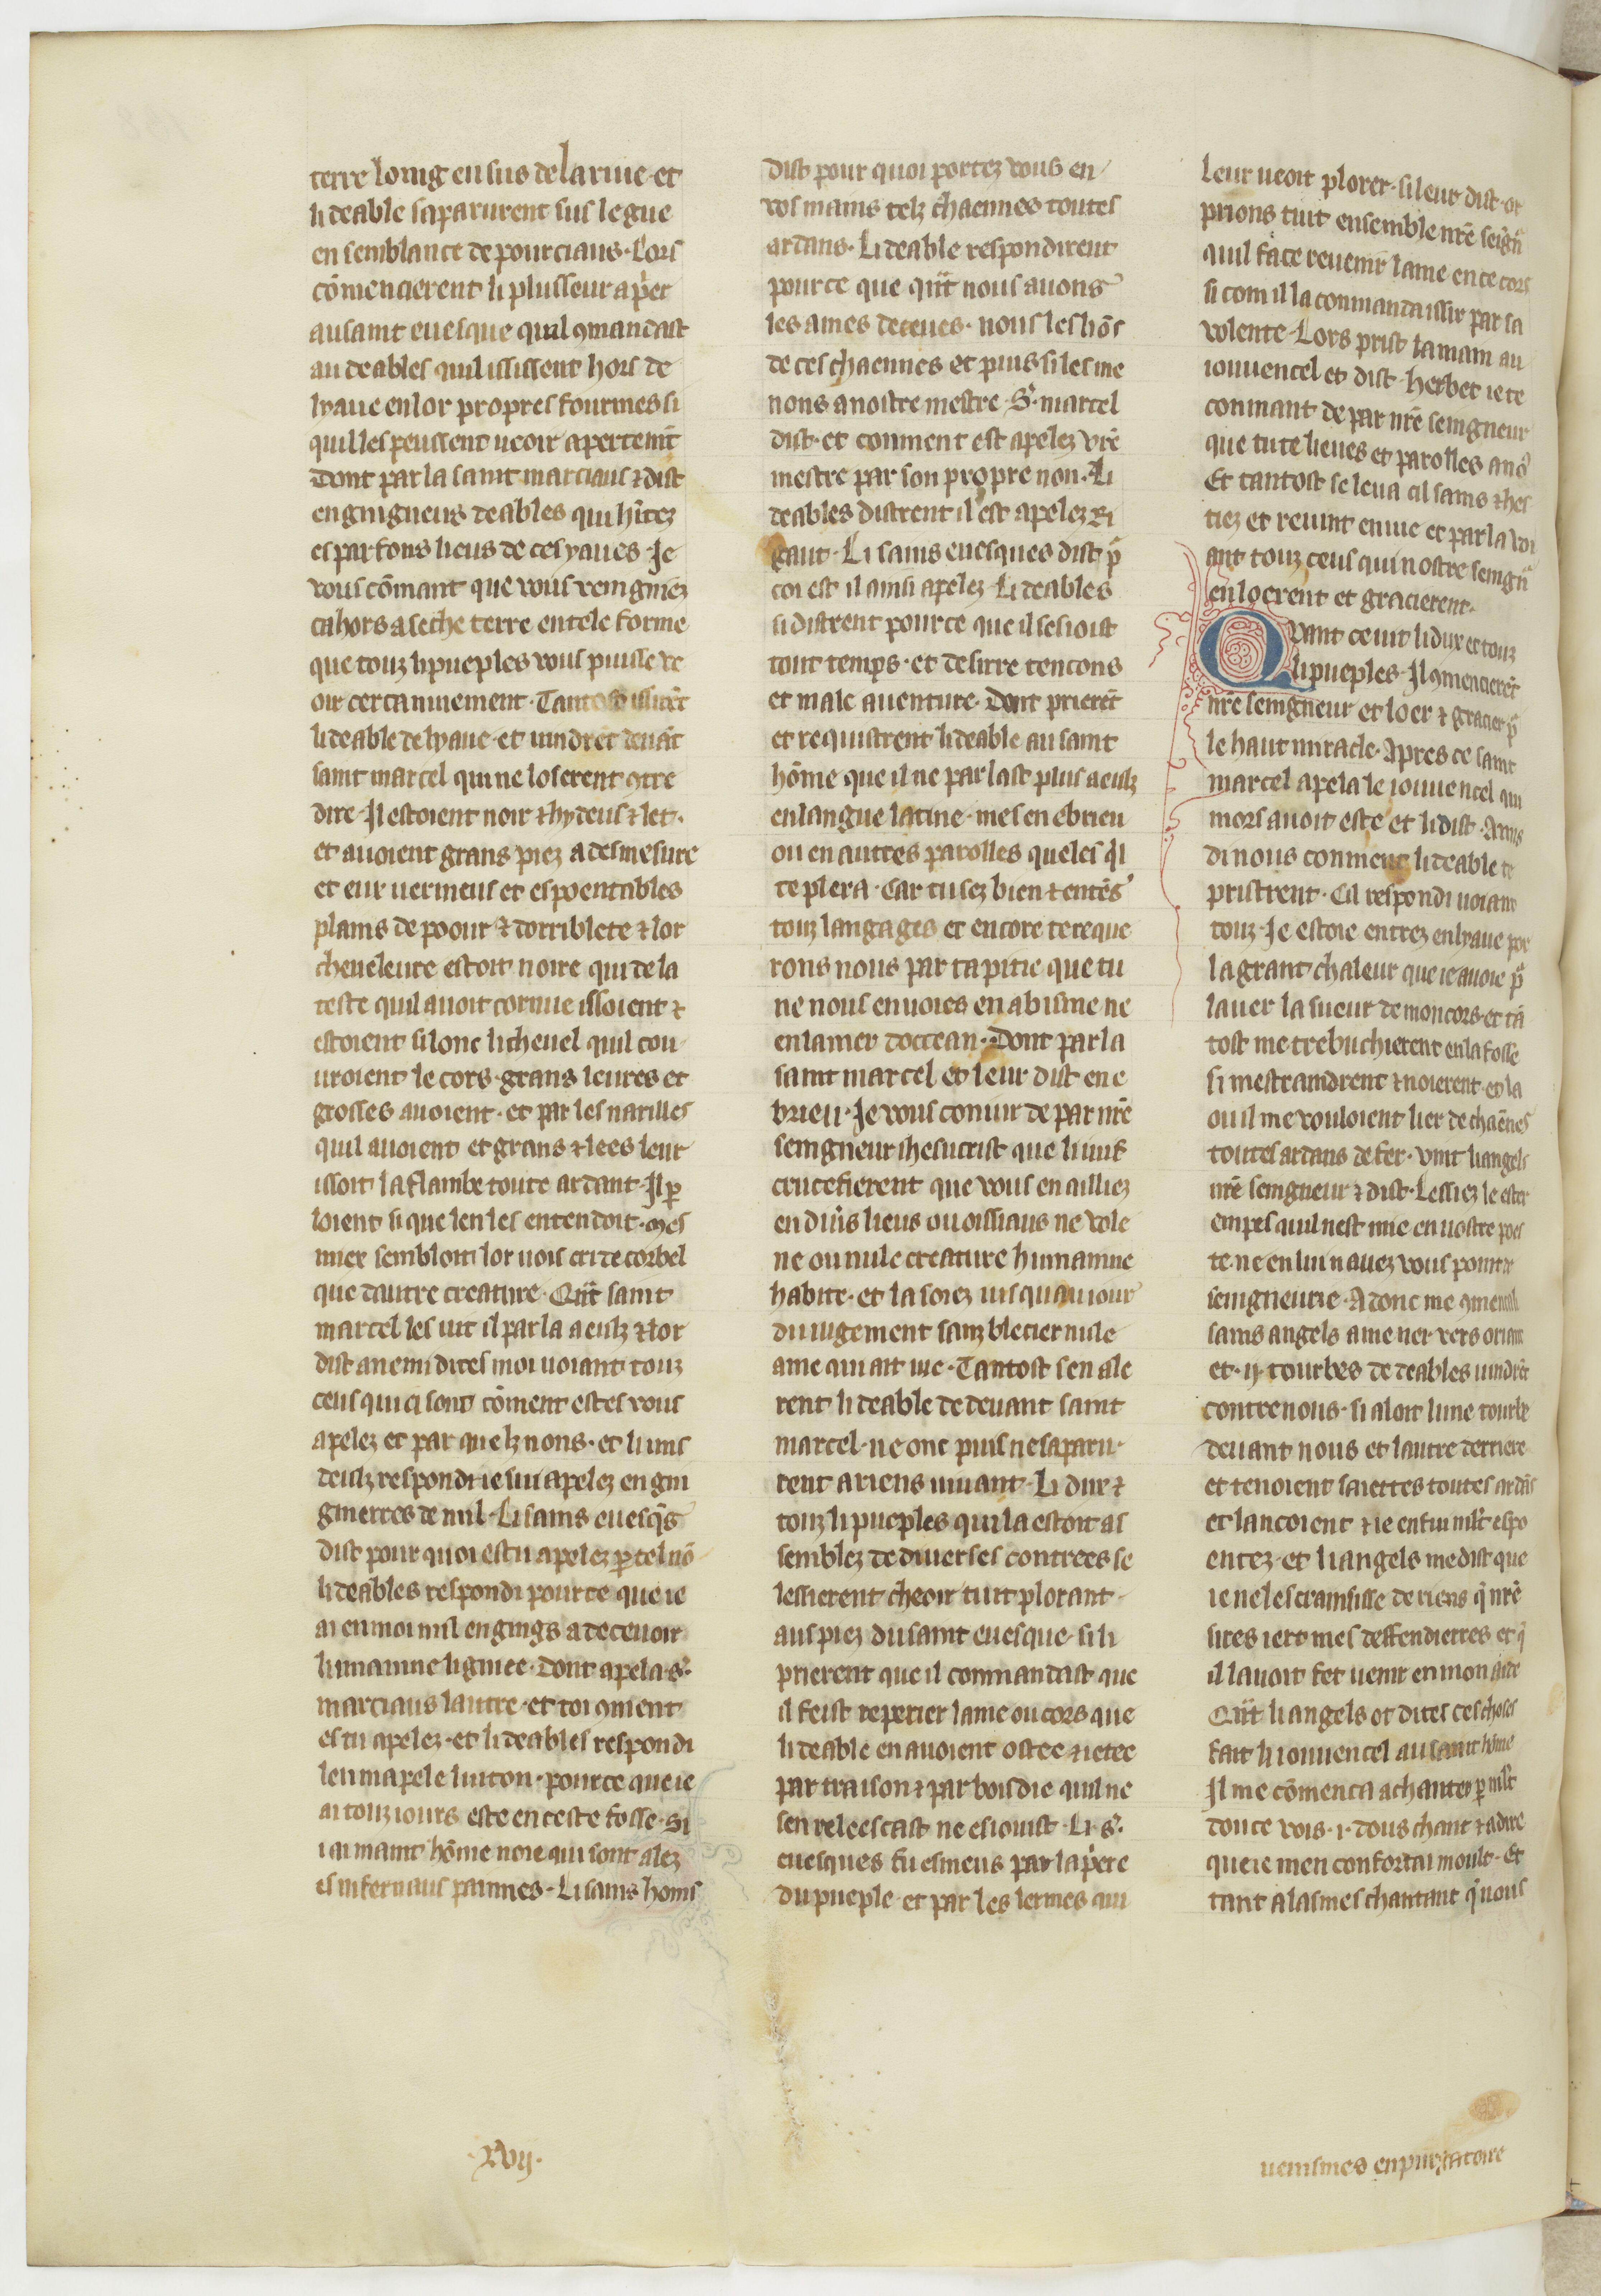
Shelfmark: Paris, BnF, fr. 185
Century: 15